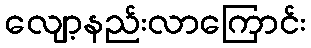
လျော့နည်းလာကြောင်း